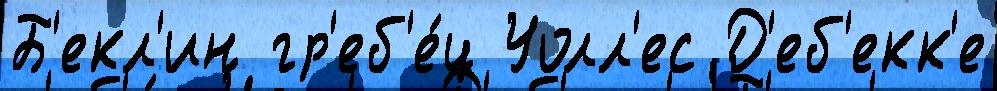
Б'екл'ин гр'еб'е́ц Уолл'ес Д'еб'екк'е